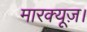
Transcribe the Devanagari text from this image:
मारक्यूज़।